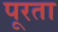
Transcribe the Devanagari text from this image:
पूरता